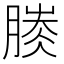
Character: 𣎐